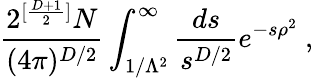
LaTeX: \frac{2^{[\frac{D+1}{2}]}N}{(4\pi)^{D/2}}\int_{1/\Lambda^{2}}^{\infty}\frac{ds}{s^{D/2}}e^{-s\rho^{2}}~,